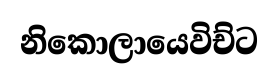
නිකොලායෙවිච්ට